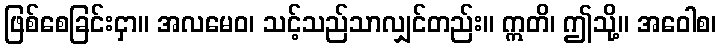
ဖြစ်စေခြင်းငှာ။ အလမေဝ၊ သင့်သည်သာလျှင်တည်း။ ဣတိ၊ ဤသို့။ အဝေါစ၊